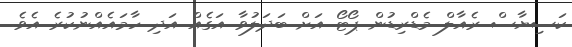
ކަސިޔާސް ރެއާލް މެޑްރިޑުން ޕޯޓޯ އަށް ބަދަލުވާ އަގެއް އަދި ހާމައެއްނުކުރެ އެވެ.